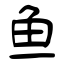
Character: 鱼